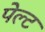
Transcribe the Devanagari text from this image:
पेल्ट